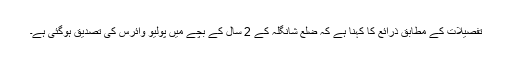
تفصیلات کے مطابق ذرائع کا کہنا ہے کہ ضلع شانگلہ کے 2 سال کے بچے میں پولیو وائرس کی تصدیق ہوگئی ہے۔